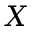
X